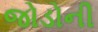
જોડોની